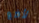
لأضع